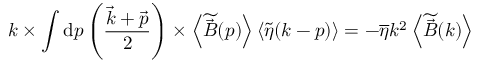
\boldsymbol { k } \times \int \mathrm { d } \boldsymbol { p } \left( \frac { \vec { k } + \vec { p } } { 2 } \right) \times \left< \widetilde { \vec { B } } ( \boldsymbol { p } ) \right> \left< \widetilde { \eta } ( \boldsymbol { k } - \boldsymbol { p } ) \right> = - \overline { { \eta } } k ^ { 2 } \left< \widetilde { \vec { B } } ( \boldsymbol { k } ) \right>